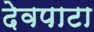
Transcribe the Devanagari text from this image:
देवपाटा